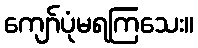
ကျော်ပုံမရကြသေး။